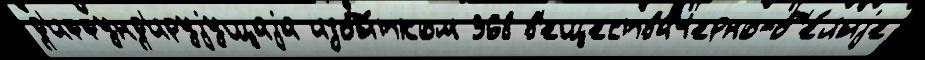
д'иффунд'ируjущаjа избы́тком 368 в'еществаЧерно-б'е́лыjе